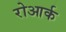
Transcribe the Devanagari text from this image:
रोआर्क